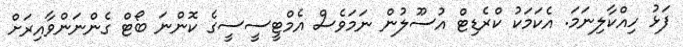
ފަޅު ހިއްކާލިނަމަ. އެކަމަކު ކްރެޑިޓް އުސޫލުން ނަަމަވެސް އެމްޓީސީސީގެ ކޮންނަ ބޯޓް ގެންނަންވާއިރަށް